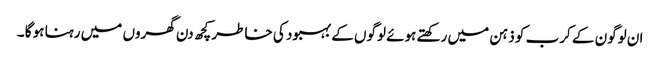
ان لوگون کے کرب کو ذہن میں رکھتے ہوئے لوگوں کے بہبود کی خاطر کچھ دن گھروں میں رہنا ہو گا ۔